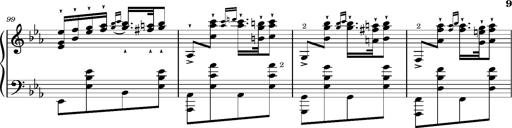
Title: Magyar rapszÃ³diÃ¡k
Composer: Franz Liszt